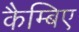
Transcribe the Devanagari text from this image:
कैम्बिए